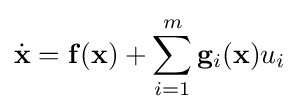
{\dot {\mathbf {x} }}=\mathbf {f(x)} +\sum _{i=1}^{m}\mathbf {g} _{i}(\mathbf {x} )u_{i}